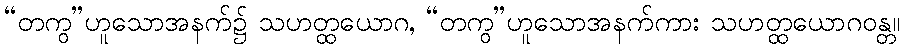
“တကွ”ဟူသောအနက်၌ သဟတ္ထယောဂ, “တကွ”ဟူသောအနက်ကား သဟတ္ထယောဂဝန္တ။